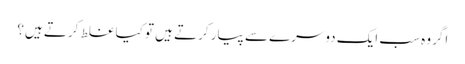
اگر وہ سب ایک دوسرے سے پیار کرتے ہیں تو کیا غلط کرتے ہیں؟